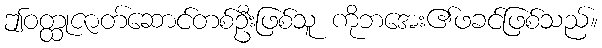
ဤဝတ္ထုဇာတ်ဆောင်တစ်ဦးဖြစ်သူ ကိုဘအေး၏ဖခင်ဖြစ်သည်။